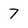
Character: 7